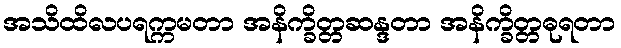
အသိထိလပရက္ကမတာ အနိက္ခိတ္တဆန္ဒတာ အနိက္ခိတ္တဓုရတာ